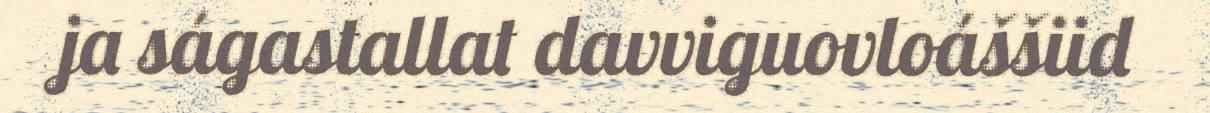
ja ságastallat davviguovloáššiid